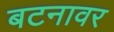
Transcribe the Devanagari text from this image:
बटनावर